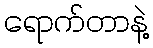
ရောက်တာနဲ့